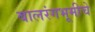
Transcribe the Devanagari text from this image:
बालरंगभूमीचे